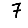
Digit: 7